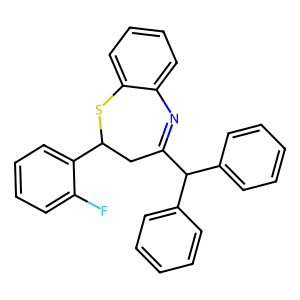
SMILES: Fc1ccccc1C1CC(C(c2ccccc2)c2ccccc2)=Nc2ccccc2S1
Inhibits HIV replication: No